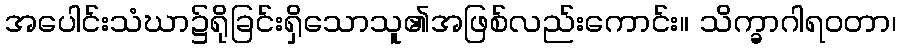
အပေါင်းသံဃာ၌ရိုခြင်းရှိသောသူ၏အဖြစ်လည်းကောင်း။ သိက္ခာဂါရဝတာ၊